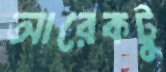
আরেকটু